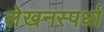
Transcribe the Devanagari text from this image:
लेखनस्पर्धा